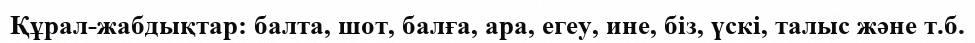
Құрал-жабдықтар: балта, шот, балға, ара, егеу, ине, біз, үскі, талыс және т.б.